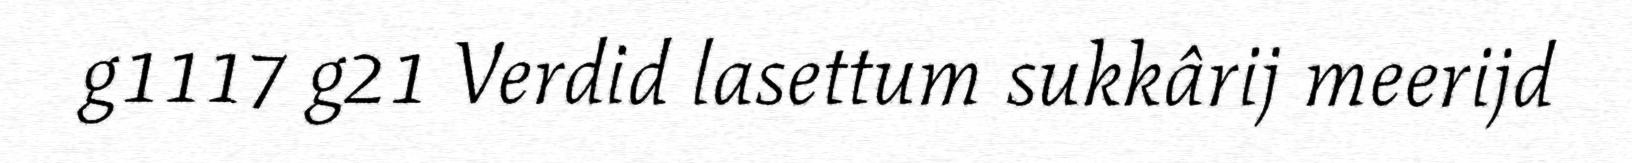
g1117 g21 Verdid lasettum sukkârij meerijd